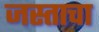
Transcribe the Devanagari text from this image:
जस्ताचा